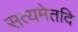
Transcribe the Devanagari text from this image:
सत्यमेतदि